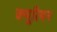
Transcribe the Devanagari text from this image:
क्यूरियन